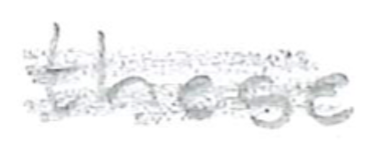
Text: these
Cross-out: scratch
Writing tool: pencil